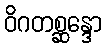
ဝိဂတစ္ဆန္ဒော